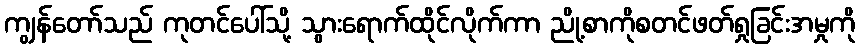
ကျွန်တော်သည် ကုတင်ပေါ်သို့ သွားရောက်ထိုင်လိုက်ကာ ညို့စာကိုစတင်ဖတ်ရှုခြင်းအမှုကို